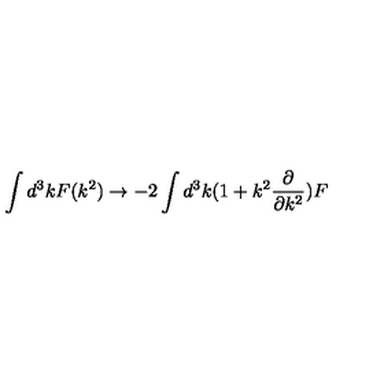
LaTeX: \int d ^ { 3 } k F ( k ^ { 2 } ) \rightarrow - 2 \int d ^ { 3 } k ( 1 + k ^ { 2 } \frac { \partial } { \partial k ^ { 2 } } ) F